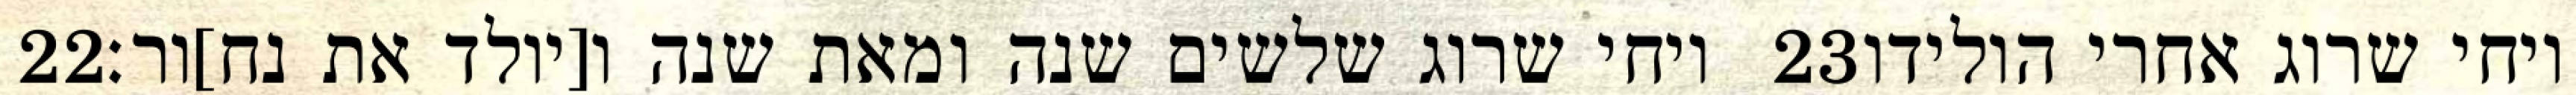
‎22‏ ויחי שרוג שלשים שנה ומאת שנה ו[יולד את נח]ור׃ ‎23‏ ויחי שרוג אחרי הולידו